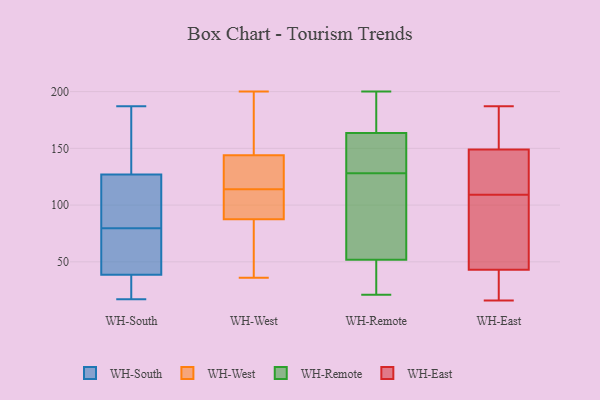
{"axis": {"x": "Active Users", "y": "Value"}, "legend": ["WH-East", "WH-Remote", "WH-South", "WH-West"], "data": [{"x": "", "y": 81, "type": "WH-South"}, {"x": "", "y": 83, "type": "WH-South"}, {"x": "", "y": 187, "type": "WH-South"}, {"x": "", "y": 78, "type": "WH-South"}, {"x": "", "y": 96, "type": "WH-South"}, {"x": "", "y": 17, "type": "WH-South"}, {"x": "", "y": 165, "type": "WH-South"}, {"x": "", "y": 158, "type": "WH-South"}, {"x": "", "y": 40, "type": "WH-South"}, {"x": "", "y": 37, "type": "WH-South"}, {"x": "", "y": 50, "type": "WH-South"}, {"x": "", "y": 26, "type": "WH-South"}, {"x": "", "y": 200, "type": "WH-West"}, {"x": "", "y": 47, "type": "WH-West"}, {"x": "", "y": 167, "type": "WH-West"}, {"x": "", "y": 146, "type": "WH-West"}, {"x": "", "y": 80, "type": "WH-West"}, {"x": "", "y": 139, "type": "WH-West"}, {"x": "", "y": 120, "type": "WH-West"}, {"x": "", "y": 108, "type": "WH-West"}, {"x": "", "y": 100, "type": "WH-West"}, {"x": "", "y": 95, "type": "WH-West"}, {"x": "", "y": 142, "type": "WH-West"}, {"x": "", "y": 36, "type": "WH-West"}, {"x": "", "y": 165, "type": "WH-Remote"}, {"x": "", "y": 48, "type": "WH-Remote"}, {"x": "", "y": 198, "type": "WH-Remote"}, {"x": "", "y": 125, "type": "WH-Remote"}, {"x": "", "y": 45, "type": "WH-Remote"}, {"x": "", "y": 200, "type": "WH-Remote"}, {"x": "", "y": 60, "type": "WH-Remote"}, {"x": "", "y": 156, "type": "WH-Remote"}, {"x": "", "y": 49, "type": "WH-Remote"}, {"x": "", "y": 130, "type": "WH-Remote"}, {"x": "", "y": 181, "type": "WH-Remote"}, {"x": "", "y": 49, "type": "WH-Remote"}, {"x": "", "y": 128, "type": "WH-Remote"}, {"x": "", "y": 88, "type": "WH-Remote"}, {"x": "", "y": 190, "type": "WH-Remote"}, {"x": "", "y": 128, "type": "WH-Remote"}, {"x": "", "y": 21, "type": "WH-Remote"}, {"x": "", "y": 159, "type": "WH-Remote"}, {"x": "", "y": 73, "type": "WH-Remote"}, {"x": "", "y": 16, "type": "WH-East"}, {"x": "", "y": 163, "type": "WH-East"}, {"x": "", "y": 36, "type": "WH-East"}, {"x": "", "y": 187, "type": "WH-East"}, {"x": "", "y": 146, "type": "WH-East"}, {"x": "", "y": 115, "type": "WH-East"}, {"x": "", "y": 22, "type": "WH-East"}, {"x": "", "y": 103, "type": "WH-East"}, {"x": "", "y": 149, "type": "WH-East"}, {"x": "", "y": 47, "type": "WH-East"}, {"x": "", "y": 43, "type": "WH-East"}, {"x": "", "y": 139, "type": "WH-East"}, {"x": "", "y": 149, "type": "WH-East"}, {"x": "", "y": 103, "type": "WH-East"}]}